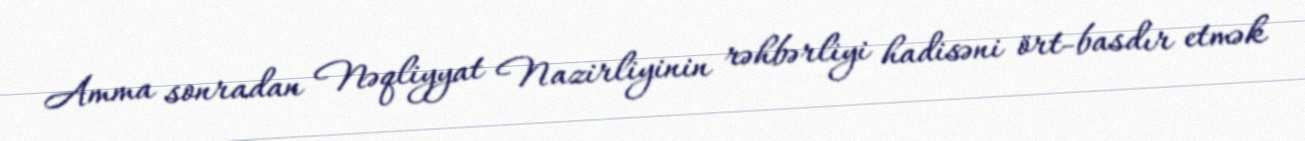
Amma sonradan Nəqliyyat Nazirliyinin rəhbərliyi hadisəni ört-basdır etmək